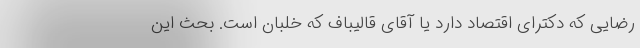
رضایی که دکترای اقتصاد دارد یا آقای قالیباف که خلبان است. بحث این